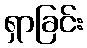
ရှာခြင်း